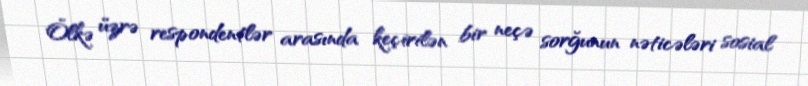
Ölkə üzrə respondentlər arasında keçirilən bir neçə sorğunun nəticələri sosial